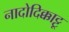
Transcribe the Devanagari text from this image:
नादोदिक्काट्टू